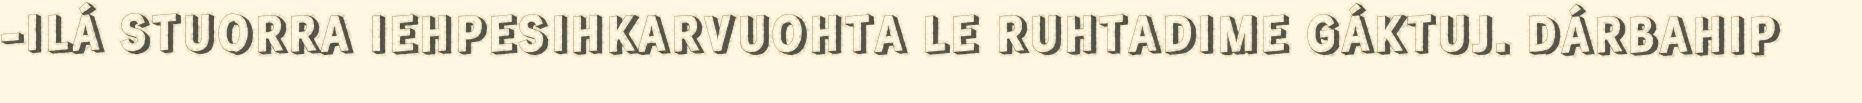
-ILÁ STUORRA IEHPESIHKARVUOHTA LE RUHTADIME GÁKTUJ. DÁRBAHIP